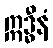
ဣဒ္ဓီနံ